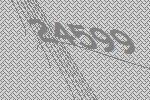
24599